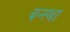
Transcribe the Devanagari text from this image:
बन्स्था